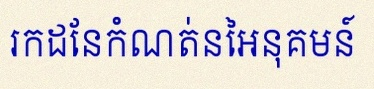
រកដែនកំណត់នៃអនុគមន៍